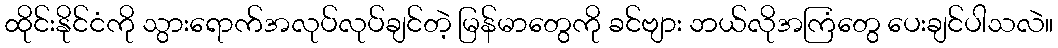
ထိုင်းနိုင်ငံကို သွားရောက်အလုပ်လုပ်ချင်တဲ့ မြန်မာတွေကို ခင်ဗျား ဘယ်လိုအကြံတွေ ပေးချင်ပါသလဲ။